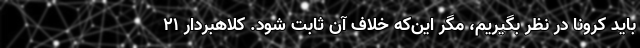
باید کرونا در نظر بگیریم، مگر این‌که خلاف آن ثابت شود. کلاهبردار 21